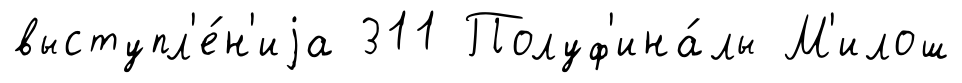
выступл'е́н'иjа 311 Полуф'ина́лы М'илош